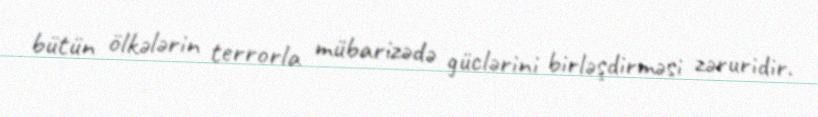
bütün ölkələrin terrorla mübarizədə güclərini birləşdirməsi zəruridir.